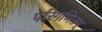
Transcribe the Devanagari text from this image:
परिगणितम्